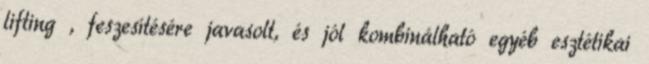
lifting , feszesítésére javasolt, és jól kombinálható egyéb esztétikai